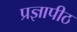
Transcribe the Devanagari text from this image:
प्रज्ञापीठ